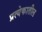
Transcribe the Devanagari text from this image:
प्रत्येकातील